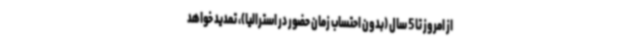
از امروز تا 5 سال (بدون احتساب زمان حضور در استرالیا)، تمدید خواهد